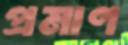
প্রমাণ